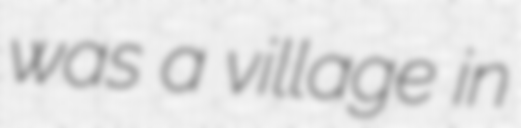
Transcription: was a village in